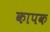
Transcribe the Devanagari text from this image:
कापक